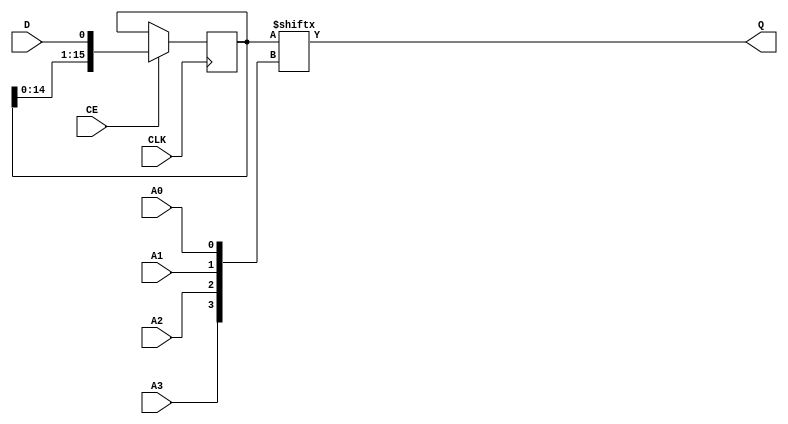
module SRL16E (
  output Q,
  input A0, A1, A2, A3, CE,
  (* clkbuf_sink *)
  (* invertible_pin = "IS_CLK_INVERTED" *)
  input CLK,
  input D
);
  parameter [15:0] INIT = 16'h0000;
  parameter [0:0] IS_CLK_INVERTED = 1'b0;
  reg [15:0] r = INIT;
  assign Q = r[{A3,A2,A1,A0}];
  generate
    if (IS_CLK_INVERTED) begin
      always @(negedge CLK) if (CE) r <= { r[14:0], D };
    end
    else
      always @(posedge CLK) if (CE) r <= { r[14:0], D };
  endgenerate
  specify
    // Max delay from: https://github.com/SymbiFlow/prjxray-db/blob/34ea6eb08a63d21ec16264ad37a0a7b142ff6031/artix7/timings/CLBLM_R.sdf#L912
    $setup(D , posedge CLK &&& !IS_CLK_INVERTED, 173);
    $setup(D , negedge CLK &&&  IS_CLK_INVERTED, 173);
    // Max delay from: https://github.com/SymbiFlow/prjxray-db/blob/34ea6eb08a63d21ec16264ad37a0a7b142ff6031/artix7/timings/CLBLM_R.sdf#L905
    if (!IS_CLK_INVERTED && CE) (posedge CLK => (Q : D)) = 1472;
    if ( IS_CLK_INVERTED && CE) (negedge CLK => (Q : D)) = 1472;
    // Max delay from: https://github.com/SymbiFlow/prjxray-db/blob/34ea6eb08a63d21ec16264ad37a0a7b142ff6031/artix7/timings/CLBLM_R.sdf#L905
    if (!IS_CLK_INVERTED && CE) (posedge CLK => (Q : 1'bx)) = 1472;
    if ( IS_CLK_INVERTED && CE) (negedge CLK => (Q : 1'bx)) = 1472;
    (A0 => Q) = 631;
    (A1 => Q) = 472;
    (A2 => Q) = 407;
    (A3 => Q) = 238;
  endspecify
endmodule